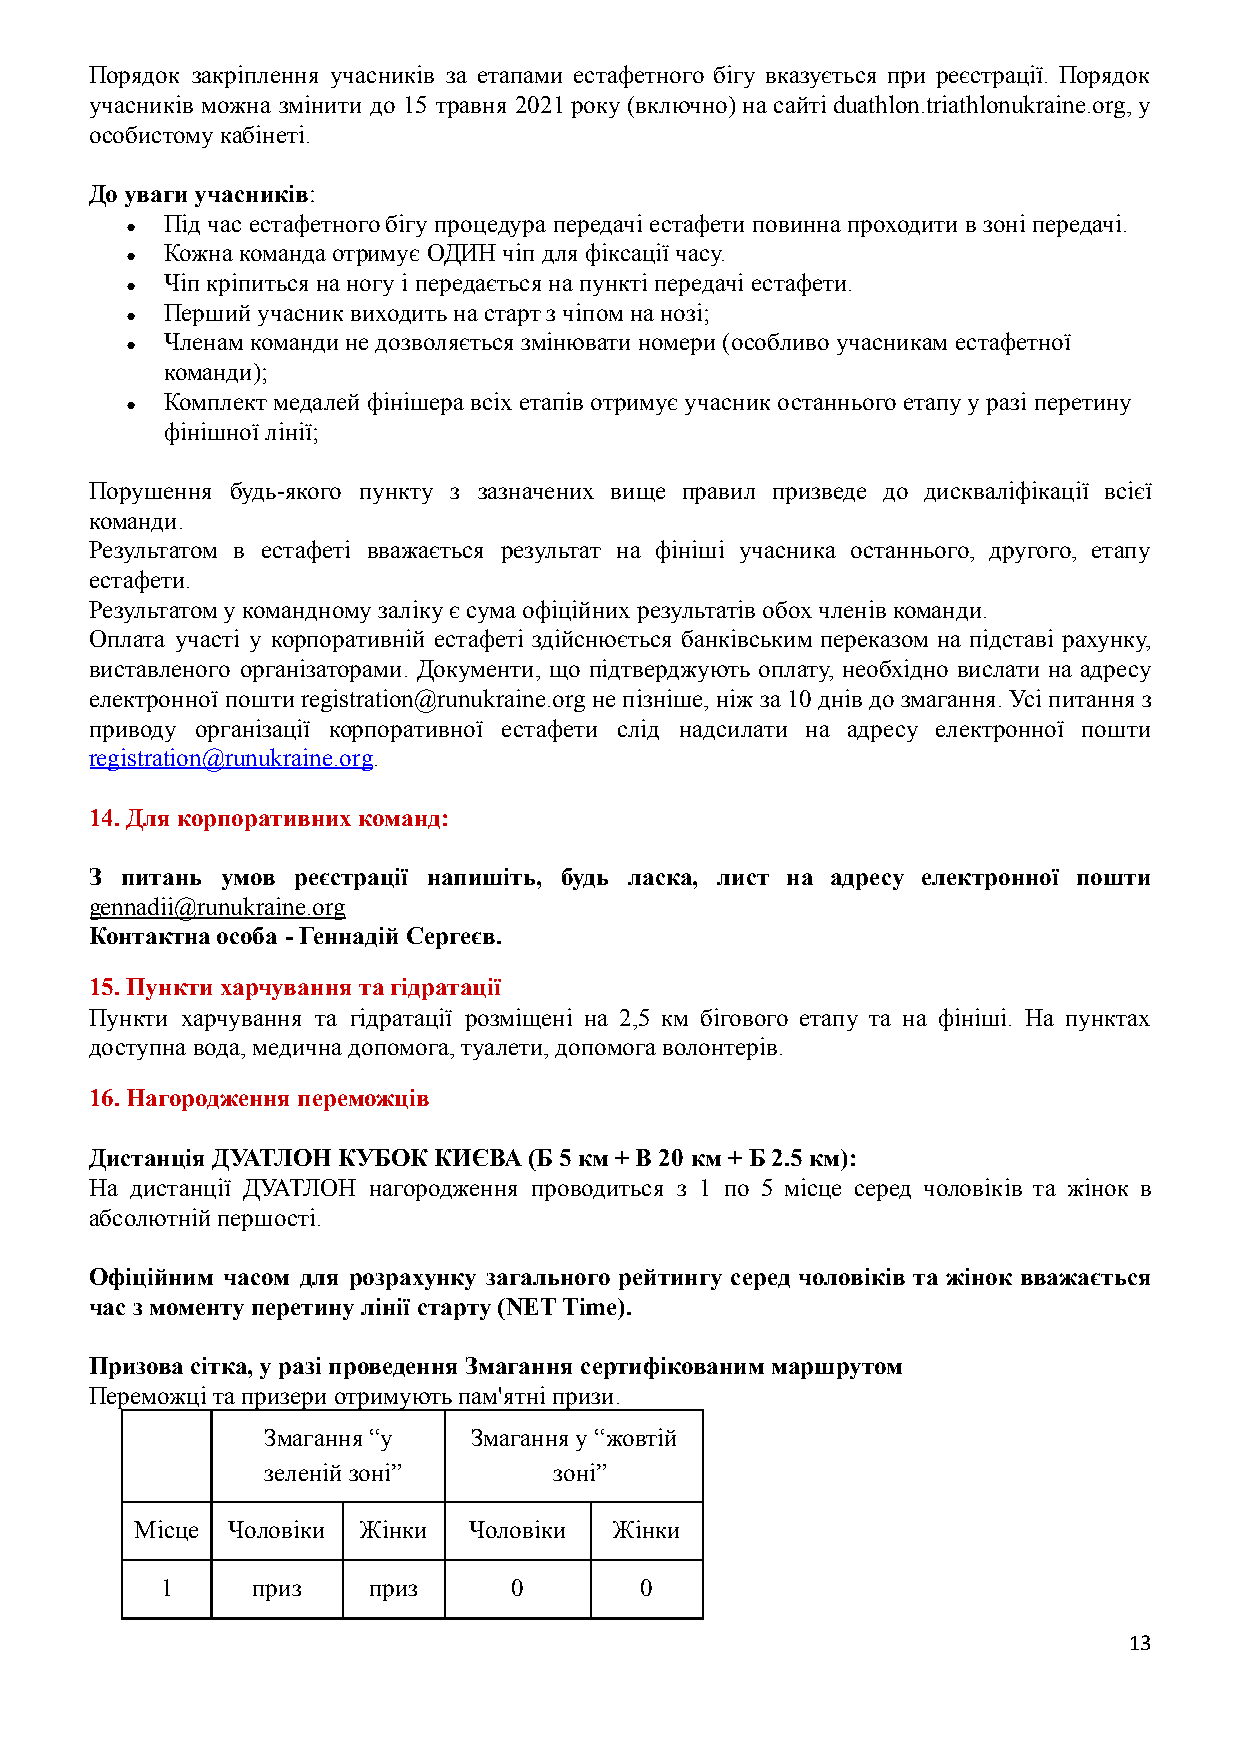
Порядок закріплення учасників за етапами естафетного бігу вказується при реєстрації. Порядок
 учасників можна змінити до 15 травня 2021року (включно)насайті duathlon.triathlonukraine.org,у
 особистому кабінеті.
 До уваги учасників:
 Під час естафетного бігу процедура передачі естафетиповинна проходити в зоні передачі.
 ●
 Кожна команда отримує ОДИН чіп для фіксації часу.
 ●
 Чіп кріпиться на ногу і передається на пункті передачі естафети.
 ●
 Перший учасник виходить на старт з чіпом на нозі;
 ●
 Членам команди не дозволяється змінювати номери (особливоучасникам естафетної
 ●
 команди);
 Комплект медалей фінішера всіх етапів отримує учасникостаннього етапу у разі перетину
 ●
 фінішної лінії;
 Порушення будь-якого пункту з зазначених вище правил призведе до дискваліфікації всієї
 команди.
 Результатом в естафеті вважається результат на фініші учасника останнього, другого, етапу
 естафети.
 Результатом у командному заліку є сума офіційних результатівобох членів команди.
 Оплата участі у корпоративній естафеті здійснюється банківським переказом на підставі рахунку,
 виставленого організаторами. Документи, що підтверджують оплату, необхідно вислати на адресу
 електронної поштиregistration@runukraine.org непізніше,ніжза 10днівдо змагання.Усі питанняз
 приводу організації корпоративної естафети слід надсилати на адресу електронної пошти
 registration@runukraine.org.
 14. Для корпоративних команд:
 З питань умов реєстрації напишіть, будь ласка, лист на адресу електронної пошти
 gennadii@runukraine.org
 Контактна особа - Геннадій Сергеєв.
 15.Пункти харчування та гідратації
 Пункти харчування та гідратації розміщені на 2,5 км бігового етапу та на фініші. На пунктах
 доступна вода, медична допомога, туалети, допомогаволонтерів.
 16. Нагородження переможців
 Дистанція ДУАТЛОН КУБОК КИЄВА (Б 5 км + В 20 км +Б 2.5 км):
 На дистанції ДУАТЛОН нагородження проводиться з 1 по 5 місце серед чоловіків та жінок в
 абсолютній першості.
 Офіційним часом для розрахунку загального рейтингу серед чоловіків та жінок вважається
 час з моменту перетину лінії старту (NET Time).
 Призова сітка, у разі проведення Змагання сертифікованиммаршрутом
 Переможці та призери отримують пам'ятні призи.
 Змагання “у   Змагання у “жовтій
 зеленій зоні”       зоні”
 Місце Чоловіки Жінки  Чоловіки  Жінки
 1     приз   приз      0       0
 13